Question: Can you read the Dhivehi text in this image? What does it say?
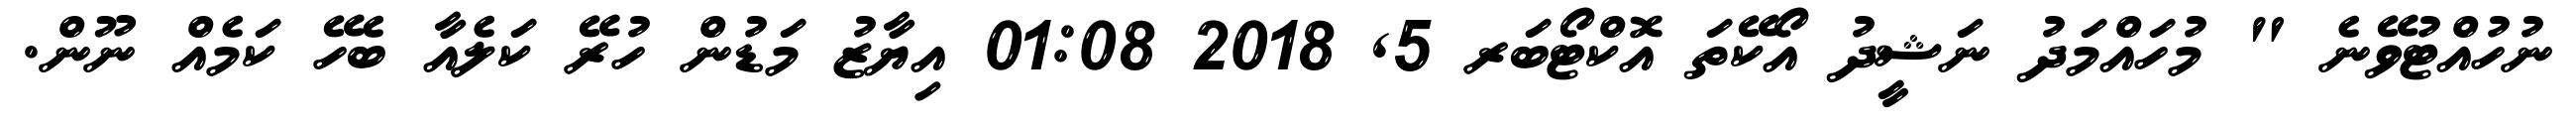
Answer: ނުހުއްޓުވޭނެ " މުހައްމަދު ނަޝީދު އޯކޭތަ އޮކްޓޯބަރ 5, 2018 01:08 އިޔާޒު މަޑުން ހުރޭ ކަލެއާ ބެހޭ ކަމެއް ނޫން.